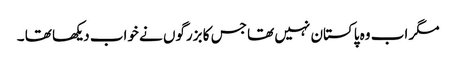
مگر اب وہ پاکستان نہیں تھا جس کا بزرگوں نے خواب دیکھا تھا ۔